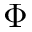
\Phi